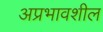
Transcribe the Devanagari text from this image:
अप्रभावशील